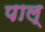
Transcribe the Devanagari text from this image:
पाल्